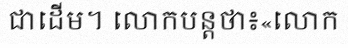
ជាដើម។ លោកបន្តថា៖«លោក